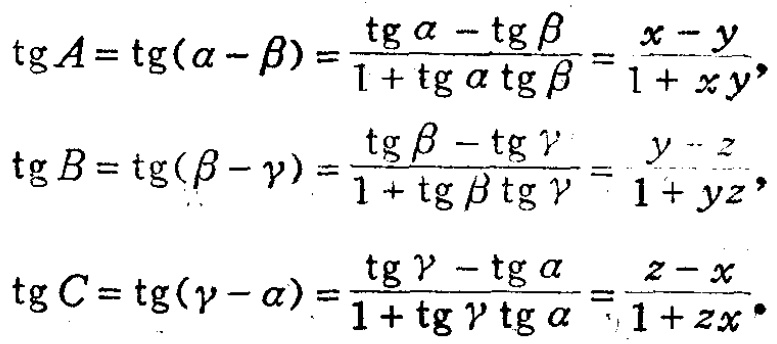
\[\begin{align*}

\mathrm{tg}A&=\mathrm{tg}(\alpha - \beta)=\frac{\mathrm{tg}\alpha-\mathrm{tg}\beta}{1 + \mathrm{tg}\alpha\mathrm{tg}\beta}=\frac{x - y}{1+xy},\\

\mathrm{tg}B&=\mathrm{tg}(\beta - \gamma)=\frac{\mathrm{tg}\beta-\mathrm{tg}\gamma}{1 + \mathrm{tg}\beta\mathrm{tg}\gamma}=\frac{y - z}{1+yz},\\

\mathrm{tg}C&=\mathrm{tg}(\gamma - \alpha)=\frac{\mathrm{tg}\gamma-\mathrm{tg}\alpha}{1 + \mathrm{tg}\gamma\mathrm{tg}\alpha}=\frac{z - x}{1+zx}.

\end{align*}\]